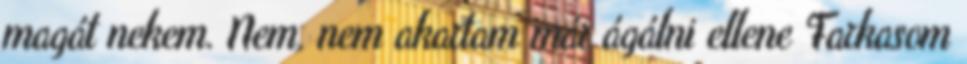
magát nekem. Nem, nem akartam már ágálni ellene Farkasom